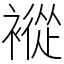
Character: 䙕